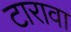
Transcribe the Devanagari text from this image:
टारावा